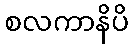
စလကာနိပိ